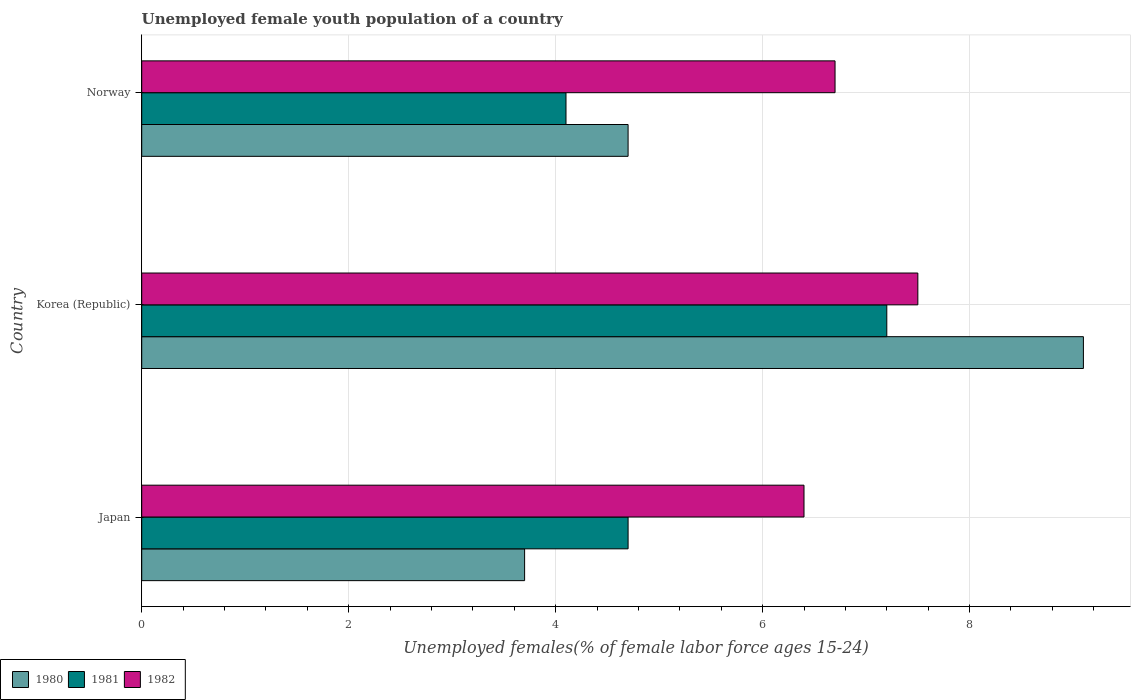
| Country | 1980 | 1981 | 1982 |
 | --- | --- | --- | --- |
 | Japan | 3.7 | 4.7 | 6.4 |
 | Korea (Republic) | 9.1 | 7.2 | 7.5 |
 | Norway | 4.7 | 4.1 | 6.7 |